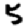
Digit: 5